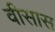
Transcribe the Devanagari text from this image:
वीसास